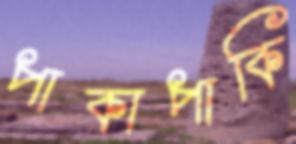
পাকাপাকি